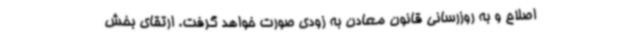
اصلاح و به روزرسانی قانون معادن به زودی صورت خواهد گرفت. ارتقای بخش